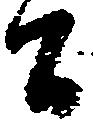
間